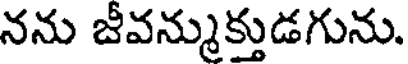
నను జీవన్ముక్తుడగును.